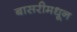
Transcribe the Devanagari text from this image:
बासरीमधून